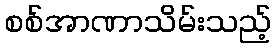
စစ်အာဏာသိမ်းသည့်